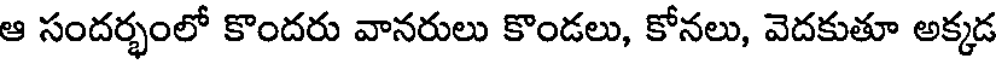
ఆ సందర్భంలో కొందరు వానరులు కొండలు, కోనలు, వెదకుతూ అక్కడ